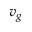
v _ { g }